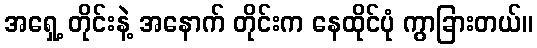
အရှေ့ တိုင်းနဲ့ အနောက် တိုင်းက နေထိုင်ပုံ ကွာခြားတယ်။